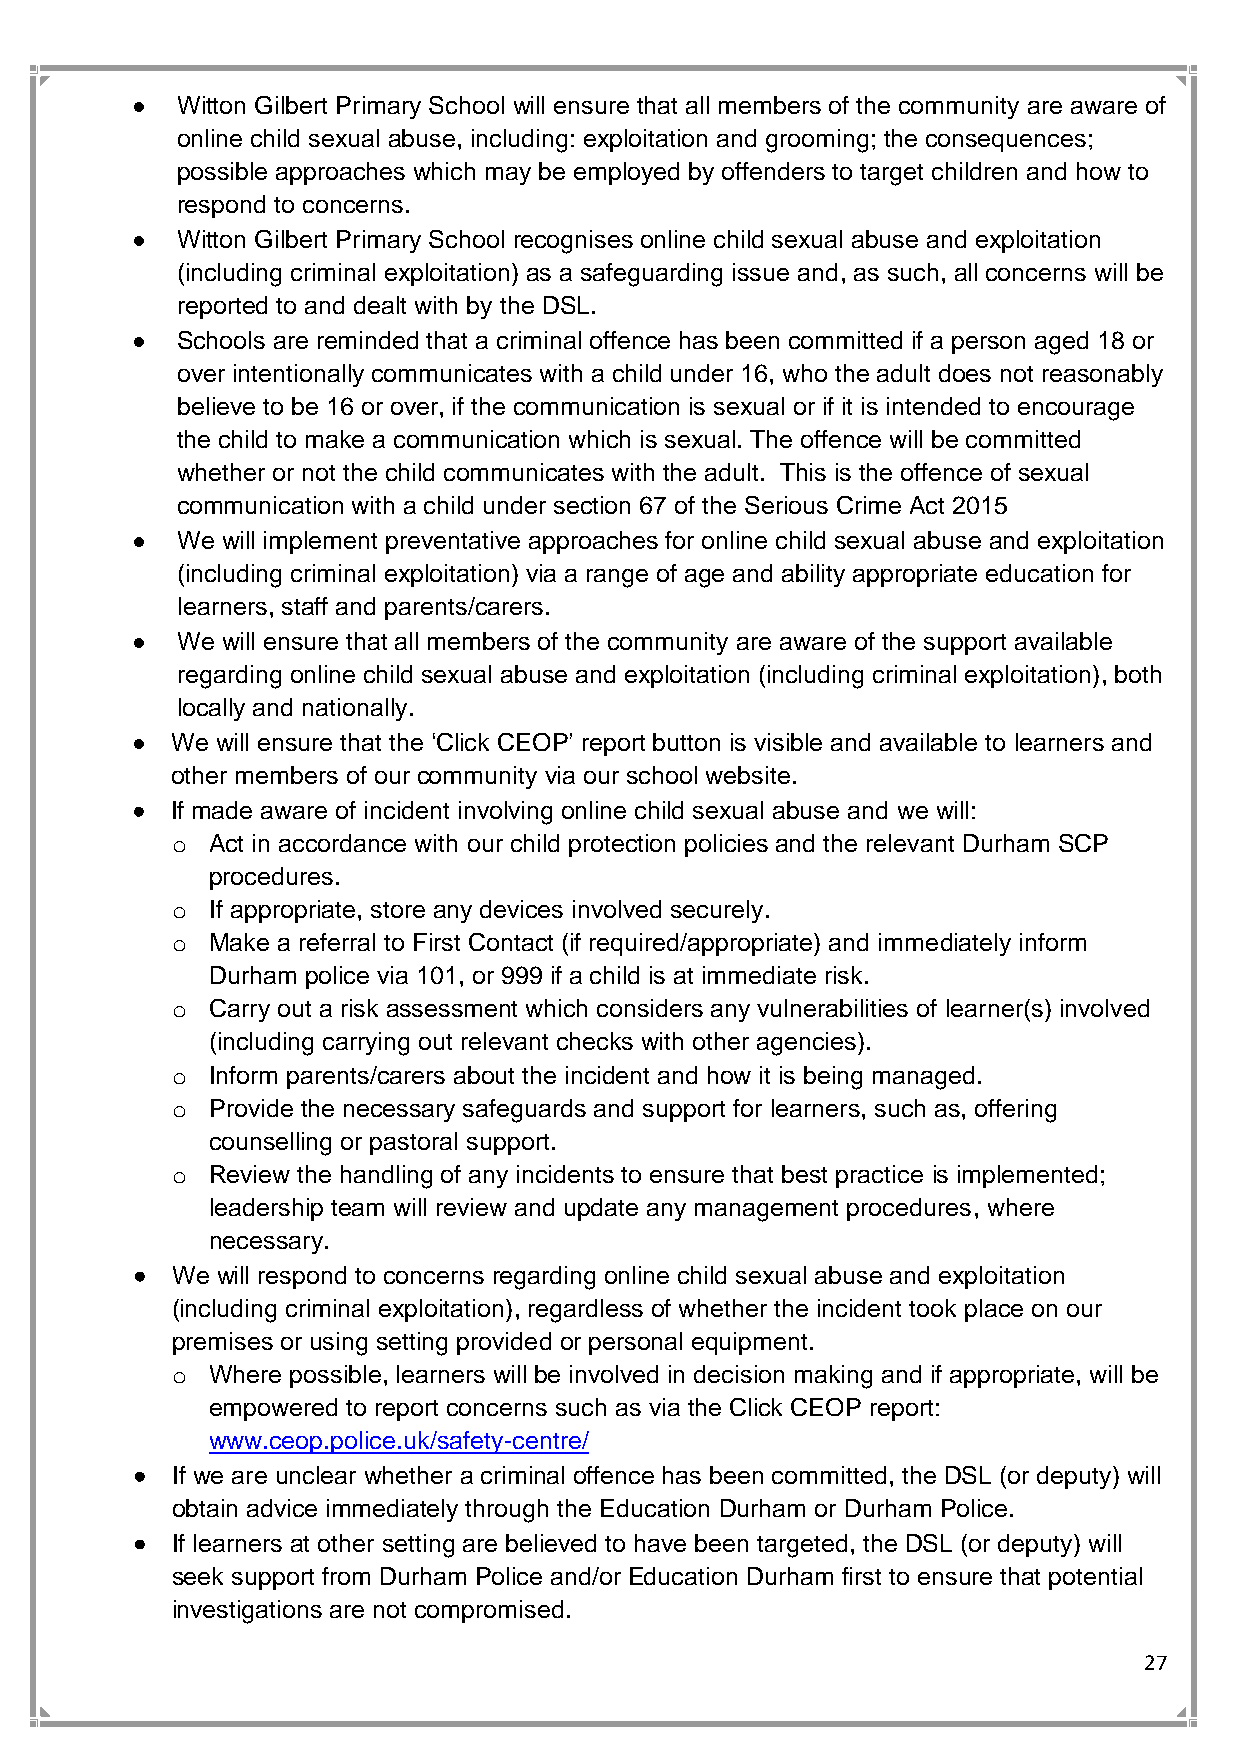
•  Witton Gilbert Primary School will ensure that all members of the community are aware of
 online child sexual abuse, including: exploitation and grooming; the consequences;
 possible approaches which may be employed by offenders to target children and how to
 respond to concerns.
 •  Witton Gilbert Primary School recognises online child sexual abuse and exploitation
 (including criminal exploitation) as a safeguarding issue and, as such, all concerns will be
 reported to and dealt with by the DSL.
 •  Schools are reminded that a criminal offence has been committed if a person aged 18 or
 over intentionally communicates with a child under 16, who the adult does not reasonably
 believe to be 16 or over, if the communication is sexual or if it is intended to encourage
 the child to make a communication which is sexual. The offence will be committed
 whether or not the child communicates with the adult. This is the offence of sexual
 communication with a child under section 67 of the Serious Crime Act 2015
 •  We will implement preventative approaches for online child sexual abuse and exploitation
 (including criminal exploitation) via a range of age and ability appropriate education for
 learners, staff and parents/carers.
 •  We will ensure that all members of the community are aware of the support available
 regarding online child sexual abuse and exploitation (including criminal exploitation), both
 locally and nationally.
 • We will ensure that the ‘Click CEOP’ report button is visible and available to learners and
 other members of our community via our school website.
 • If made aware of incident involving online child sexual abuse and we will:
 o  Act in accordance with our child protection policies and the relevant Durham SCP
 procedures.
 o  If appropriate, store any devices involved securely.
 o  Make a referral to First Contact (if required/appropriate) and immediately inform
 Durham police via 101, or 999 if a child is at immediate risk.
 o  Carry out a risk assessment which considers any vulnerabilities of learner(s) involved
 (including carrying out relevant checks with other agencies).
 o  Inform parents/carers about the incident and how it is being managed.
 o  Provide the necessary safeguards and support for learners, such as, offering
 counselling or pastoral support.
 o  Review the handling of any incidents to ensure that best practice is implemented;
 leadership team will review and update any management procedures, where
 necessary.
 • We will respond to concerns regarding online child sexual abuse and exploitation
 (including criminal exploitation), regardless of whether the incident took place on our
 premises or using setting provided or personal equipment.
 o  Where possible, learners will be involved in decision making and if appropriate, will be
 empowered to report concerns such as via the Click CEOP report:
 www.ceop.police.uk/safety-centre/
 • If we are unclear whether a criminal offence has been committed, the DSL (or deputy) will
 obtain advice immediately through the Education Durham or Durham Police.
 • If learners at other setting are believed to have been targeted, the DSL (or deputy) will
 seek support from Durham Police and/or Education Durham first to ensure that potential
 investigations are not compromised.
 27